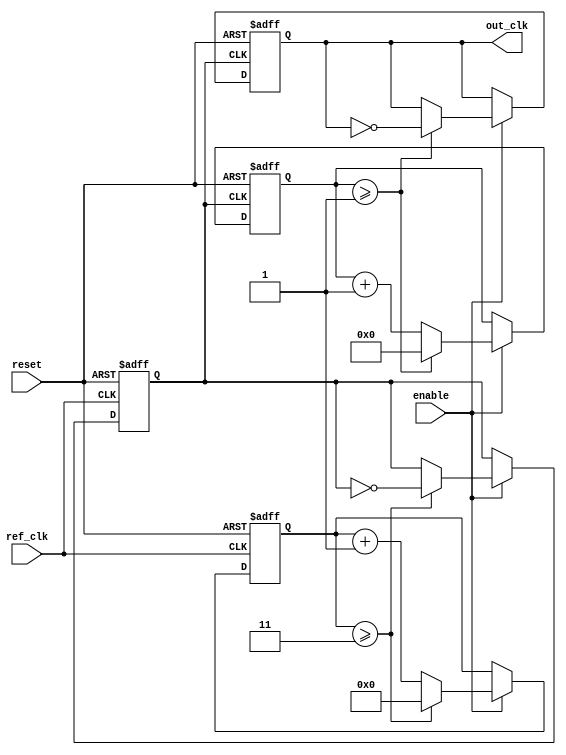
module parameterized_PLL #(
    parameter PARAM_M = 4,  // Multiplication factor
    parameter PARAM_N = 2,  // Division factor
    parameter PARAM_BW = 8   // Bandwidth of the loop filter (sample size for averaging)
) (
    input wire ref_clk,      // Reference clock
    input wire reset,        // Active high reset
    input wire enable,       // Enable signal
    output reg out_clk       // Output clock
);

    // Internal signals
    reg [PARAM_BW-1:0] phase_error; // Phase error signal
    reg [PARAM_BW-1:0] filter_output; // Loop filter output
    reg [PARAM_BW-1:0] vco_frequency; // VCO frequency count
    reg [3:0] feedback_divider; // Feedback divider
    reg vco_clk; // VCO clock signal
    reg [31:0] counter; // Counter for output clock division

    // VCO (Voltage-Controlled Oscillator)
    always @(posedge ref_clk or posedge reset) begin
        if (reset) begin
            vco_frequency <= 0;
            vco_clk <= 0;
        end else if (enable) begin
            vco_frequency <= vco_frequency + 1;
            if (vco_frequency >= (PARAM_M - 1)) begin
                vco_frequency <= 0;
                vco_clk <= ~vco_clk; // Toggle VCO clock
            end
        end
    end

    // Phase Detector (PD)
    always @(posedge ref_clk or posedge reset) begin
        if (reset) begin
            phase_error <= 0;
        end else if (enable) begin
            // Simulating phase comparison
            if (feedback_divider < (PARAM_N - 1)) begin
                phase_error <= phase_error + 1; // Increase error
            end else begin
                phase_error <= phase_error - 1; // Decrease error
            end
        end
    end

    // Loop Filter (Simple Averaging Filter)
    always @(posedge ref_clk or posedge reset) begin
        if (reset) begin
            filter_output <= 0;
        end else if (enable) begin
            filter_output <= (filter_output + phase_error) >> 1; // Simple averaging
        end
    end

    // Output Clock Generation
    always @(posedge vco_clk or posedge reset) begin
        if (reset) begin
            out_clk <= 0;
            feedback_divider <= 0;
            counter <= 0;
        end else if (enable) begin
            // Feedback divider logic
            if (counter >= (PARAM_N - 1)) begin
                out_clk <= ~out_clk; // Toggle output clock
                counter <= 0;
            end else begin
                counter <= counter + 1;
            end

            // Feedback divider mechanism
            feedback_divider <= (feedback_divider + 1) % PARAM_M;
        end
    end

endmodule